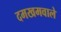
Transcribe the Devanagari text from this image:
दमखमवाले